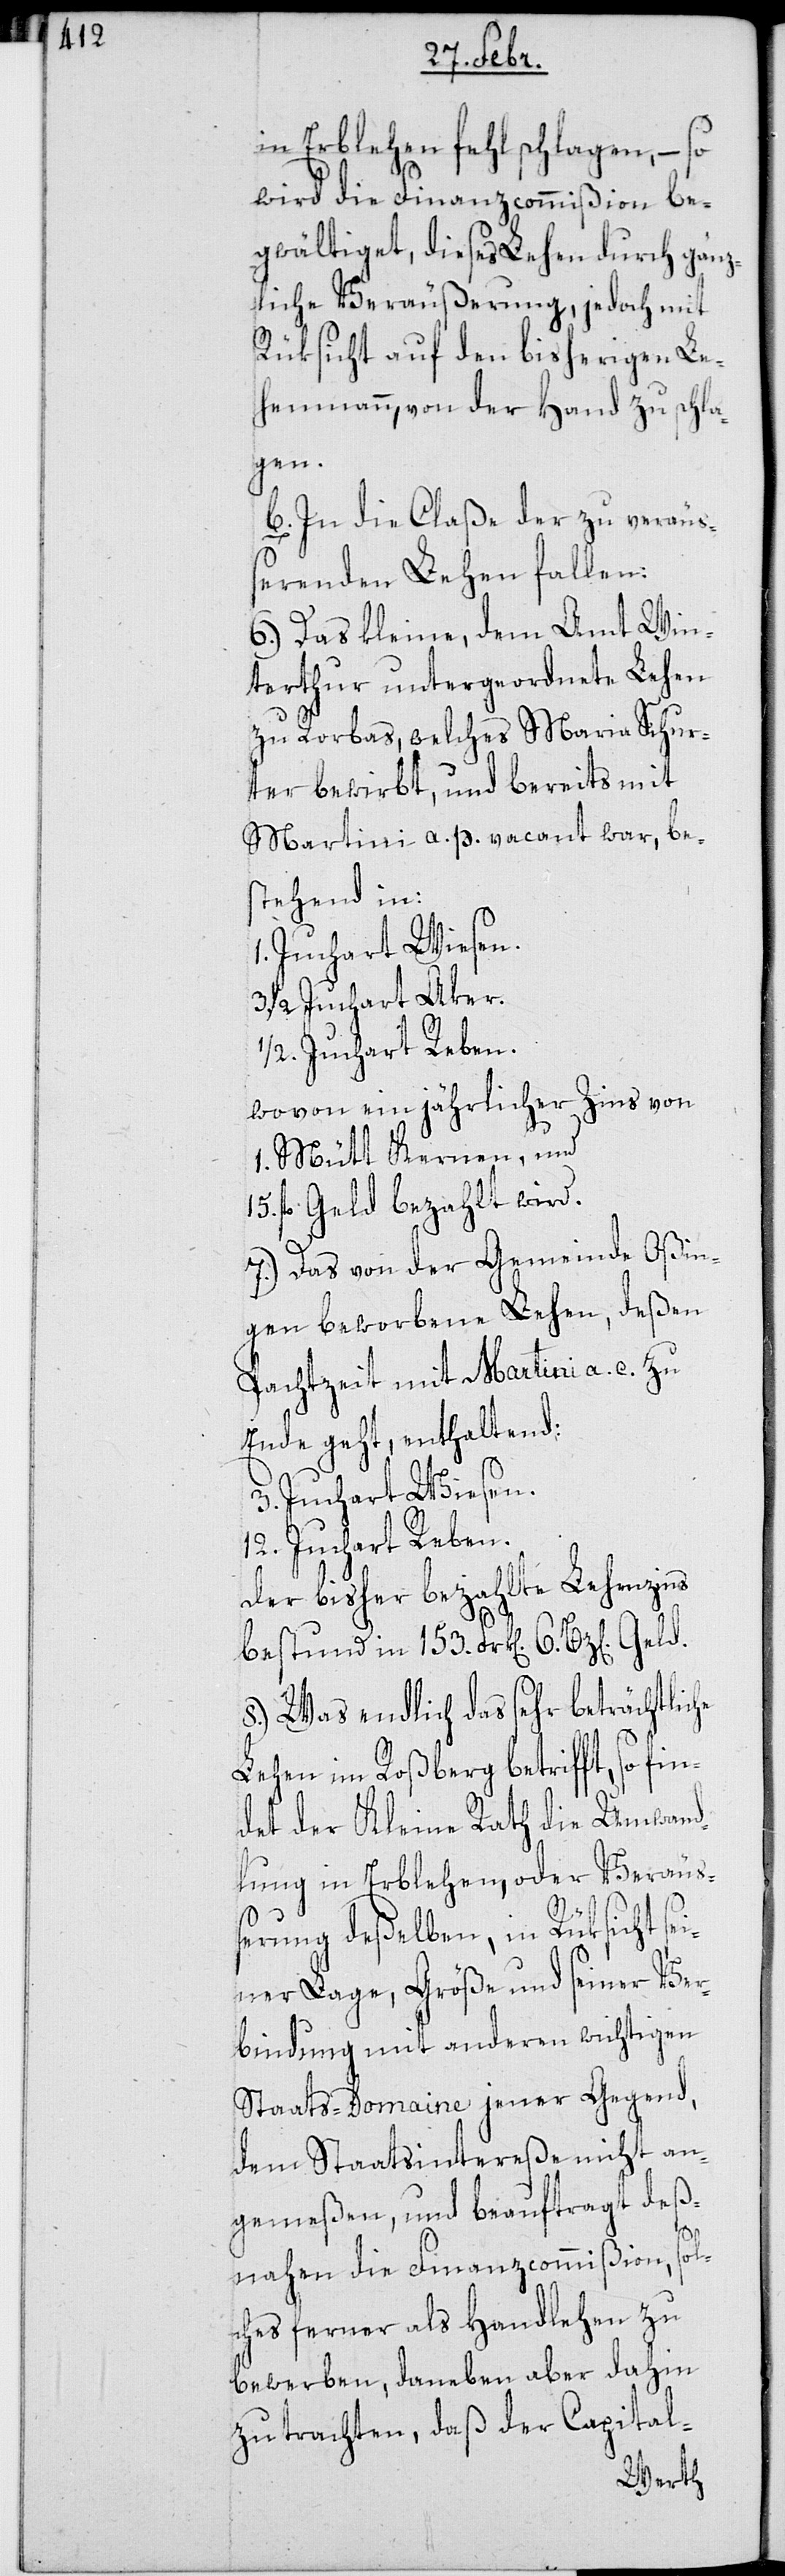
in Erblehen fehlschlagen, – so
wird die Finanzcommißion be¬
gwältiget, dieses Lehen durch gänz¬
liche Veräußerung, jedoch mit
Rüksicht auf den bisherigen Le¬
henmann, von der Hand zu schla¬
gen.
b. In die Claße der zu veräu¬
ßernden Lehen fallen:
6.) Das kleine, dem Amt Win¬
terthur untergeordnete Lehen
zu Rorbas, welches Maria Schur¬
ter bewirbt, und bereits mit
Martini a. p. vacant war, bes¬
tehend in:
1/2 Juchart Aker.
1/2 Juchart Reben,
wovon ein jährlicher Zins von
1. Mütt Kernen, und
15 fl. Geld bezahlt wird.
7.) Das von der Gemeinde Oßin¬
gen beworbene Lehen, deßen
Pachtzeit mit Martini a. c. zu
Ende geht, enthaltend:
3. Juchart Wiesen,
12. Juchart Reben.
Der bisher bezahlte Lehenzins
bestund in 153. Frk[en]. 6. Bz[en].
8.) Was endlich das sehr beträchtliche
Lehen im Roßberg betrifft, so fi¬
ndet der Kleine Rath die Umwand¬
lung in Erblehen, oder Veräu¬
ßerung deßelben, in Rüksicht se¬
iner Lage, Größe und seiner Ver¬
bindung mit anderen wichtigen
Staats-Domaine jener Gegend,
dem Staatsintereße nicht an¬
gemeßen, und beauftragt deß¬
nahen die Finanzcommißion, sol¬
ches ferner als Handlehen zu
bewerben, daneben aber dahin
zu trachten, daß der Capital-